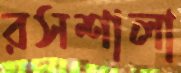
রসশালা